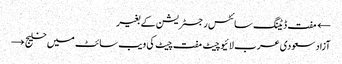
← مفت ڈیٹنگ سائٹس رجسٹریشن کے بغیر
آزاد سعودی عرب لائیو چیٹ مفت چیٹ کی ویب سائٹ میں خلیج →